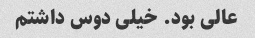
عالی بود. خیلی دوس داشتم